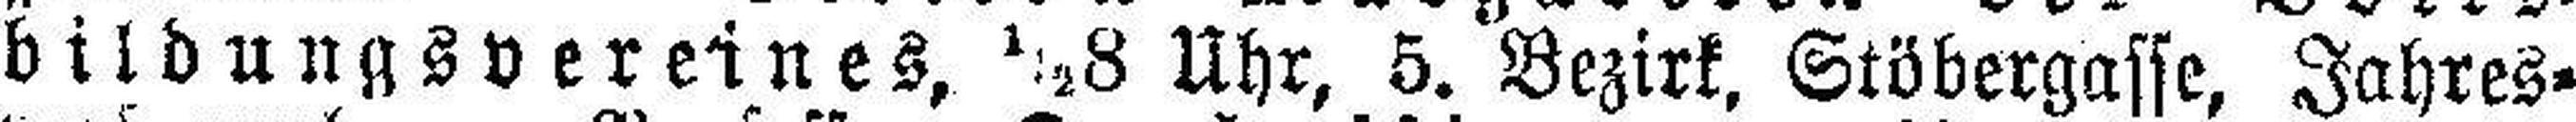
bildungsvereines, ½8 Uhr, 5. Bezirk, Stöbergasse, Jahres¬